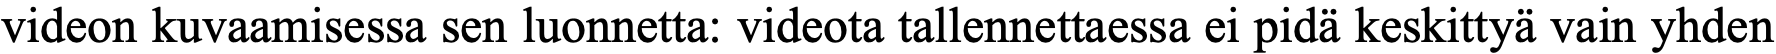
videon kuvaamisessa sen luonnetta: videota tallennettaessa ei pidä keskittyä vain yhden